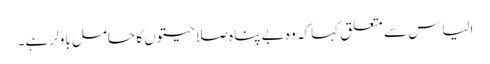
الیاس سے متعلق کہا کہ وہ بے پناہ صلاحیتوں کا حامل باولر ہے۔